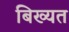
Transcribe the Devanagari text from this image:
बिख्यत